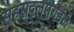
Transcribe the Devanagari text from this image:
सहस्रदलमण्डले